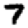
Digit: 7